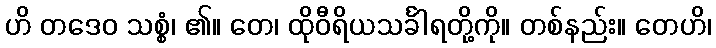
ဟိ တဒေဝ သစ္စံ၊ ၏။ တေ၊ ထိုဝီရိယသင်္ခါရတို့ကို။ တစ်နည်း။ တေဟိ၊